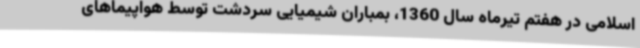
اسلامی در هفتم تیرماه سال 1360، بمباران شیمیایی سردشت توسط هواپیماهای